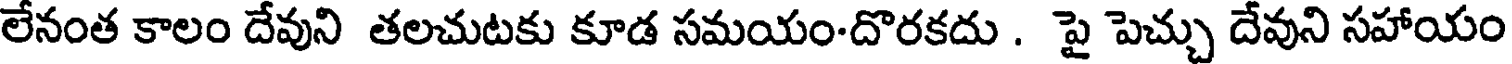
లేనంత కాలం దేవుని తలచుటకు కూడ సమయం-దొరకదు . పై పెచ్చు దేవుని సహాయం